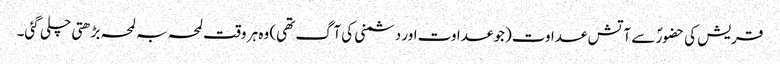
قریش کی حضورؐ سے آتش عداوت(جو عداوت اور دشمنی کی آگ تھی) وہ ہر وقت لمحہ بہ لمحہ بڑھتی چلی گئی۔